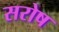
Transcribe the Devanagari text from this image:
सरोष